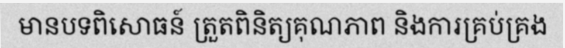
មានបទពិសោធន៍ ត្រួតពិនិត្យគុណភាព និងការគ្រប់គ្រង